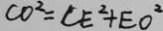
C O ^ { 2 } = C E ^ { 2 } + E O ^ { 2 }